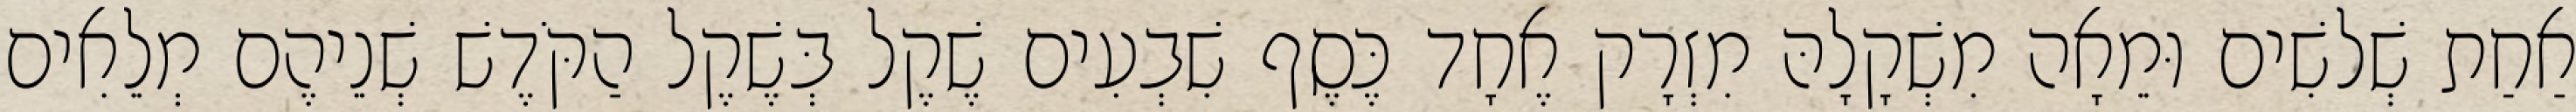
אַחַת שְׁלשִׁים וּמֵאָה מִשְׁקָלָהּ מִזְרָק אֶחָד כֶּסֶף שִׁבְעִים שֶׁקֶל בְּשֶׁקֶל הַקֹּדֶשׁ שְׁנֵיהֶם מְלֵאִים